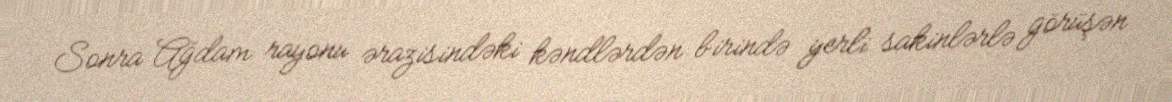
Sonra Ağdam rayonu ərazisindəki kəndlərdən birində yerli sakinlərlə görüşən